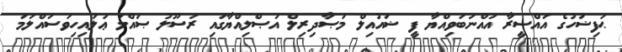
ޙަފިޟަހުގެ އައްސީރާ އައްނަބަވިއްޔާ ފީ ޟައުއިލް މަޞާދިރިލް އަޞްލިއްޔާގައި ރަސޫލު ޞައްލަ ޢަލައިހިވަސައްލަމަ